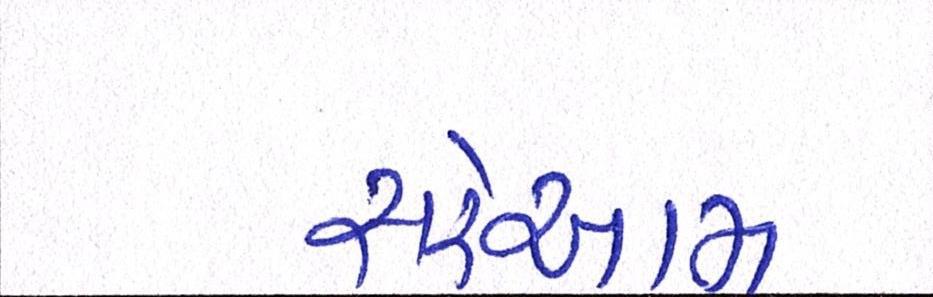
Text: સરેઆમ